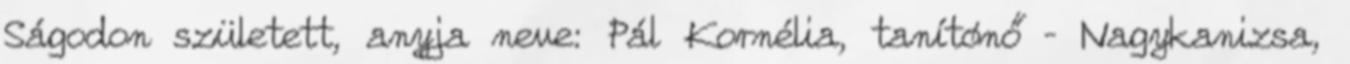
Ságodon született, anyja neve: Pál Kornélia, tanítónő – Nagykanizsa,